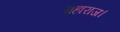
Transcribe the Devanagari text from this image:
महाराज।